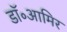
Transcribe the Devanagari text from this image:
डॉ॰आमिर